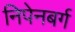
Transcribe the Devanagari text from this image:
निपेनबर्ग